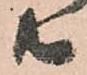
共